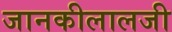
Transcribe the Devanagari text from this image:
जानकीलालजी